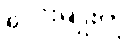
လေးမျိုးကို